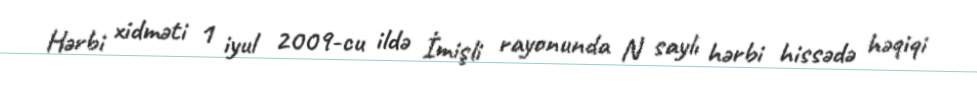
Hərbi xidməti 1 iyul 2009-cu ildə İmişli rayonunda N saylı hərbi hissədə həqiqi